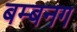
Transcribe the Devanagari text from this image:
बम्बनग